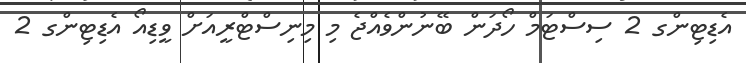
އެޑިޓިންގ 2 ސިސްޓަމް ހޯދަން ބޭނުންވެއްޖެ މި މިނިސްޓްރީއަށް ވީޑިއޯ އެޑިޓިންގ 2